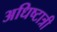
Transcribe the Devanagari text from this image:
अधिष्टात्री